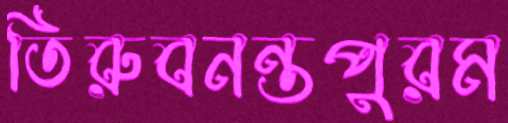
তিরুবনন্তপুরম